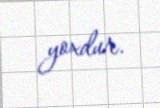
yoxdur.